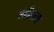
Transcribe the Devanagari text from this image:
स्त्रीत्वाचा